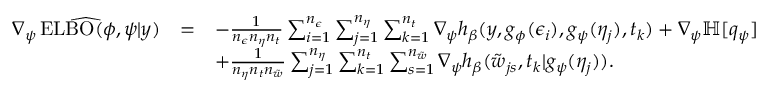
\begin{array} { c c l } { \widehat { \nabla _ { \psi } \operatorname { E L B O } ( \phi , \psi | y ) } } & { = } & { - \frac { 1 } { n _ { \epsilon } n _ { \eta } n _ { t } } \sum _ { i = 1 } ^ { n _ { \epsilon } } \sum _ { j = 1 } ^ { n _ { \eta } } \sum _ { k = 1 } ^ { n _ { t } } \nabla _ { \psi } h _ { \beta } ( y , g _ { \phi } ( \epsilon _ { i } ) , g _ { \psi } ( \eta _ { j } ) , t _ { k } ) + \nabla _ { \psi } \mathbb { H } [ q _ { \psi } ] } \\ & & { + \frac { 1 } { n _ { \eta } n _ { t } n _ { \tilde { w } } } \sum _ { j = 1 } ^ { n _ { \eta } } \sum _ { k = 1 } ^ { n _ { t } } \sum _ { s = 1 } ^ { n _ { \tilde { w } } } \nabla _ { \psi } h _ { \beta } ( \tilde { w } _ { j s } , t _ { k } | g _ { \psi } ( \eta _ { j } ) ) . } \end{array}